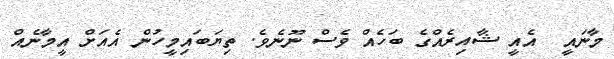
މާނައީ  އެއީ ޝާއިރެއްގެ ބަހެއް ވެސް ނޫނެވެ. ތިޔަބައިމީހުން އެއަށް އީމާނެއް